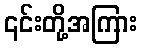
၎င်းတို့အကြား